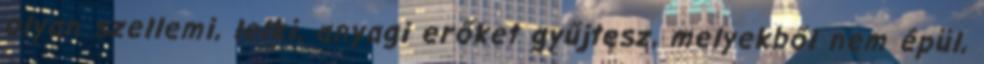
olyan szellemi, lelki, anyagi erőket gyűjtesz, melyekből nem épül,